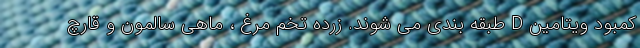
کمبود ویتامین D طبقه بندی می شوند. زرده تخم مرغ ، ماهی سالمون و قارچ